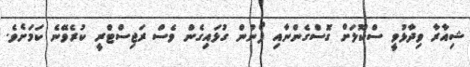
ޝިއާރާ ވިދާޅުވީ ސްކޫލަށް ގޮސްގެންނާއި ފޯނުން ގުޅައިގެން ވެސް ރަޖިސްޓްރީ ކުރެވޭނެ ކަމަށެވެ.